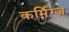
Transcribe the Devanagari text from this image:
कर्मिग्ज़